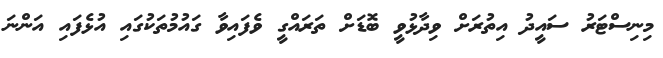
މިނިސްޓަރު ސައީދު އިތުރަށް ވިދާޅުވީ ބޮޑަށް ތަރައްގީ ވެފައިވާ ގައުމުތަކުގައި އުޅެފައި އަންނަ